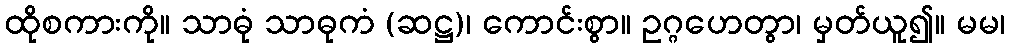
ထိုစကားကို။ သာဓုံ သာဓုကံ (ဆဋ္ဌ)၊ ကောင်းစွာ။ ဥဂ္ဂဟေတွာ၊ မှတ်ယူ၍။ မမ၊